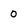
Character: 0